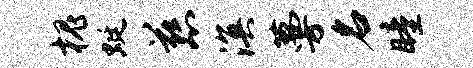
槐蜓慈溟蔓名瞳